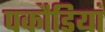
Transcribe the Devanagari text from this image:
पकौडियां